Leaving Certificate Examination (including Day School Certificate (Higher) General paper), 1931
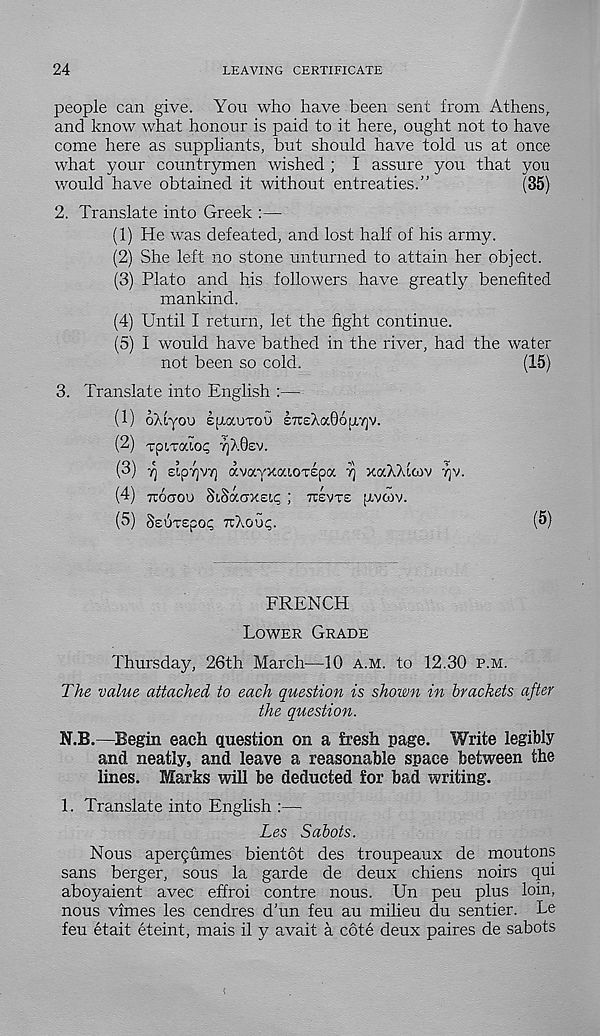
24
LEAVING CERTIFICATE
people can give. You who have been sent from Athens,
and know what honour is paid to it here, ought not to have
come here as suppliants, but should have told us at once
what your countrymen wished ; I assure you that you
would have obtained it without entreaties.”
(35)
2. Translate into Greek :—
(1) He was defeated, and lost half of his army.
(2) She left no stone unturned to attain her object.
(3) Plato and his followers have greatly benefited
mankind.
(4) Until I return, let the fight continue.
(5) I would have bathed in the river, had the water
not been so cold.
(15)
3. Translate into English :—
(1) oAiyou efxauTOU STOXaOou/yjv.
(2) Tpiraio? TjAOsv.
(3) y) eipTjVY] avocYXociOTepa T) xaAAlwv TJV.
(4) TTOCJOO SiSacrxeip ; TTEVTS pvoov.
(5) SsuTepoi; rcAou^.
(5)
FRENCH
LOWER GRADE
Thursday, 26th March—10 A.M. to 12.30 P.M.
The value attached to each question is shown in brackets after
the question.
N.B.—Begin each question on a fresh page. Write legibly
and neatly, and leave a reasonable space between the
lines. Marks will be deducted for bad writing.
1. Translate into English :—
Les Sabots.
Nous apergumes bientot des troupeaux de moutons
sans berger, sous la garde de deux chiens noirs qui
aboyaient avec effroi centre nous. Un peu plus loin,
nous vimes les cendres d'un feu au milieu du sentier. Le
feu etait eteint, mais il y avait a cote deux paires de sabots